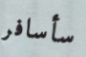
سأسافر